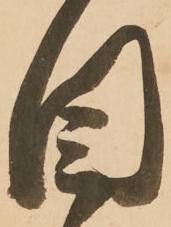
目